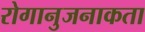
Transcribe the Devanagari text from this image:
रोगानुजनाकता